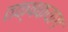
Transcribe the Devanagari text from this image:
तक्षकयाग